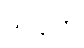
သုဋ္ဌူတိ